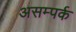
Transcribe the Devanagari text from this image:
असम्पर्क